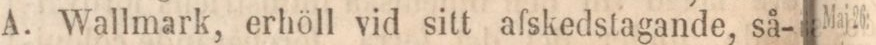
Wallmark, erhöll vid sitt afskedstagande, så-